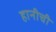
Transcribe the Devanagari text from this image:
हानीची